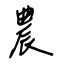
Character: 農